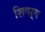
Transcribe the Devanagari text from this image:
शिषऱ्य